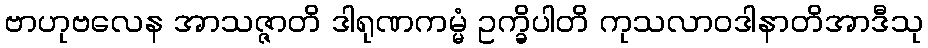
ဗာဟုဗလေန အာသဇ္ဇာတိ ဒါရုဏကမ္မံ ဥက္ခိပါတိ ကုသလာဝဒါနာတိအာဒီသု